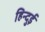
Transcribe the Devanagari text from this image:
हिन्दुई